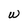
Character: W